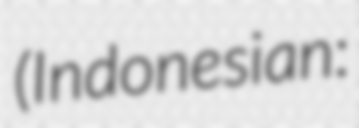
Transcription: (Indonesian: